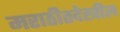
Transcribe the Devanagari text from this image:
मराठीतदेखील